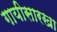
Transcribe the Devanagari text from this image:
गायीसारखा